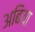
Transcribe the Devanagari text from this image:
अबिया